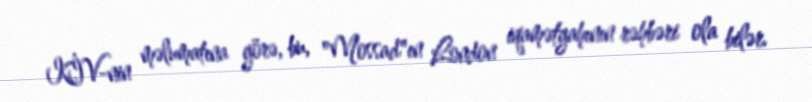
KİV-nin məlumatına görə, bu, "Mossad"ın London iqamətgahının rəhbəri ola bilər.